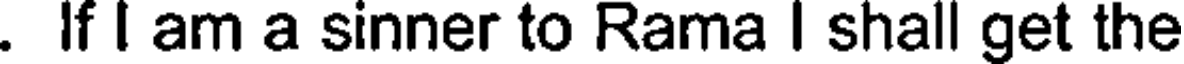
. If I am a sinner to Rama I shall get the